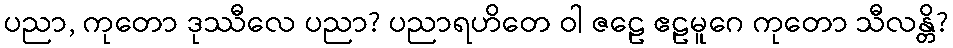
ပညာ, ကုတော ဒုဿီလေ ပညာ? ပညာရဟိတေ ဝါ ဇဠေ ဧဠမူဂေ ကုတော သီလန္တိ?